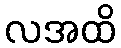
လအထိ